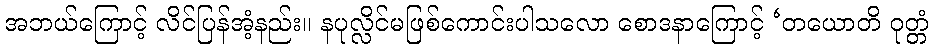
အဘယ်ကြောင့် လိင်ပြန်အံ့နည်း။ နပုလ္လိင်မဖြစ်ကောင်းပါသလော စောဒနာကြောင့် ‘တယောတိ ဝုတ္တံ